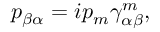
p _ { \beta \alpha } = i p _ { m } \gamma _ { \alpha \beta } ^ { m } ,